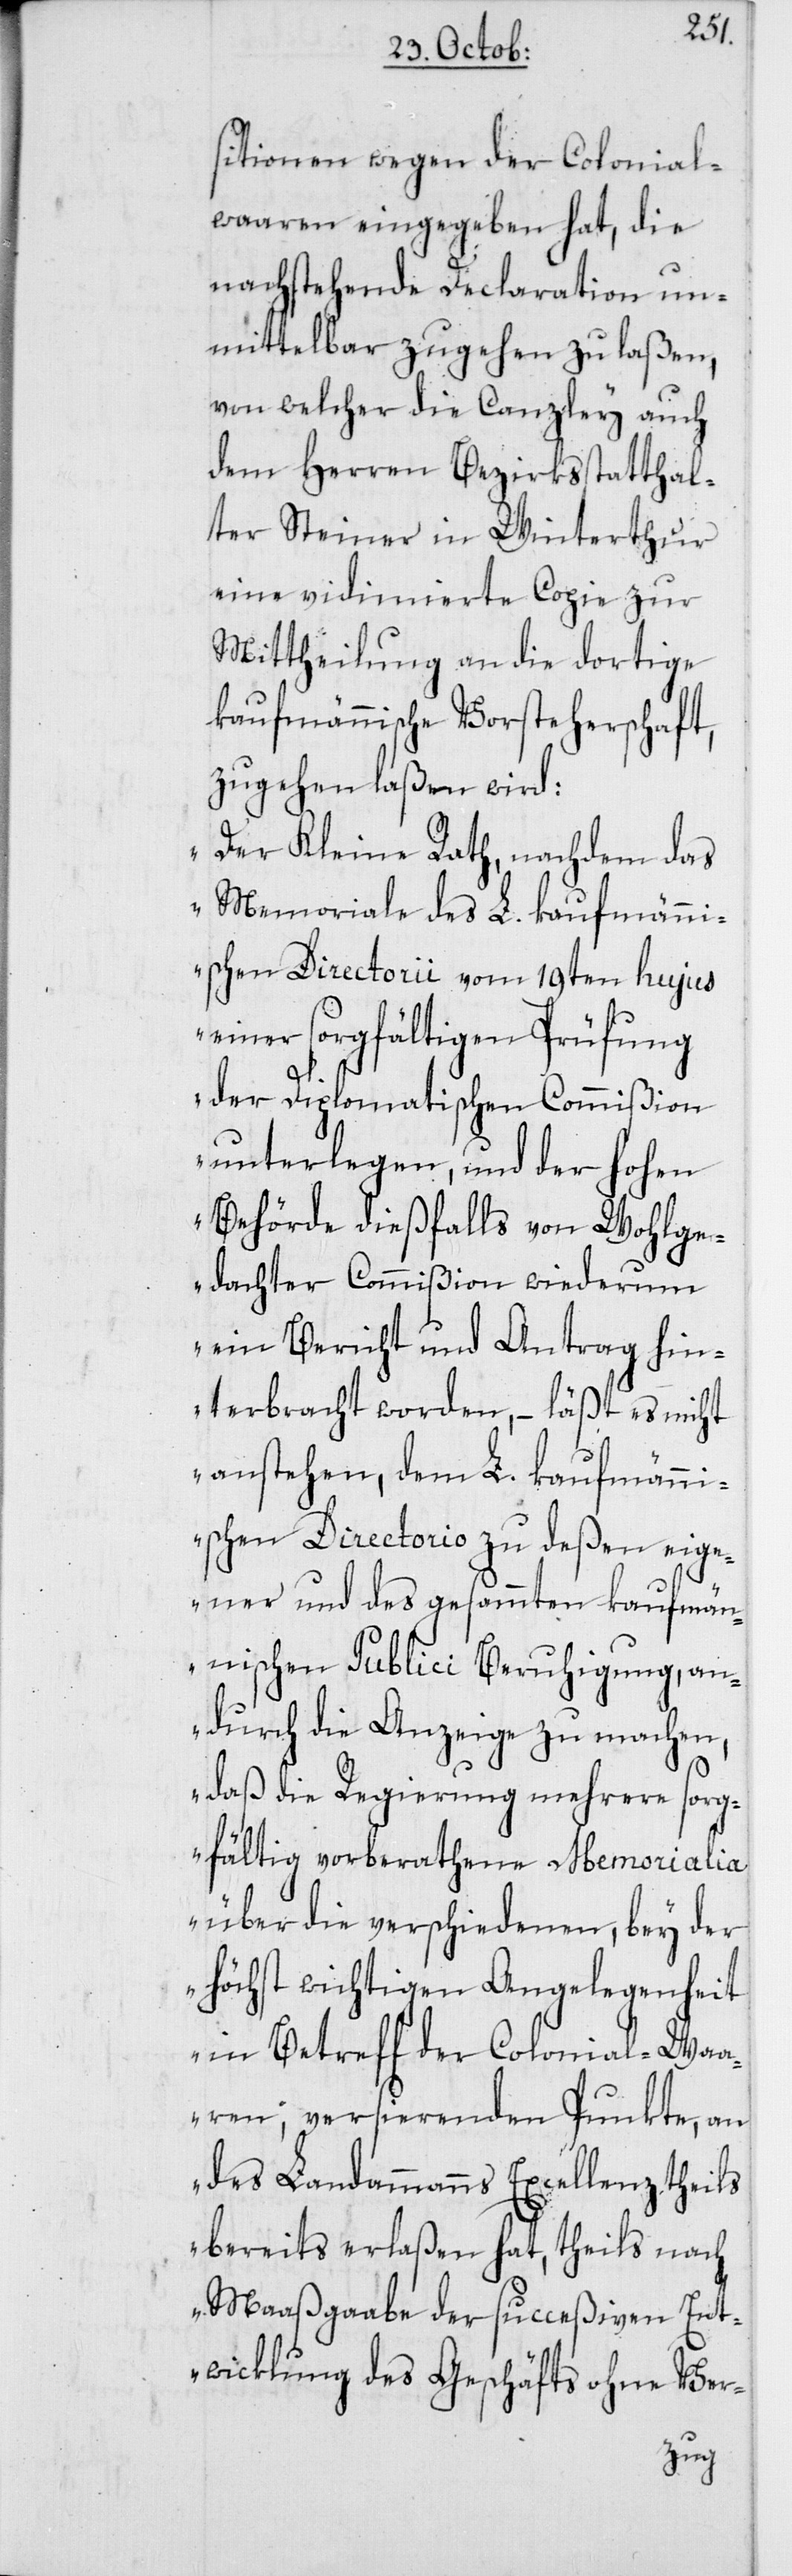
sitionen wegen der Colonial¬
waaren eingegeben hat, die
nachstehende Declarationen un¬
mittelbar zugehen zu laßen,
von welcher die Canzley auch
dem Herren Bezirksstatthal¬
ter Steiner in Winterthur
eine vidimierte Copie zur
Mittheilung an die dortige
kaufmännische Vorsteherschaft,
zugehen laßen wird:
„Der Kleine Rath, nachdem das
Memoriale des L. kaufmänn¬
ischen Directorii vom 19ten hujus
einer sorgfältigen Prüfung
der Diplomatischen Commißion
unterlegen, und der hohen
Behörde dießfalls von Wohlge¬
dachter Commißion wiederum
ein Bericht und Antrag hin¬
terbracht worden, – läßt es nicht
anstehen, dem L. kaufmänn¬
ischen Directorio zu deßen eige¬
ner und des gesammten kaufmän¬
nischen Publici Beruhigung, an¬
durch die Anzeige zu machen,
daß die Regierung mehrere sorg¬
fältig vorberathene Memorialia
über die verschiedenen, bey der
höchst wichtigen Angelegenheit
in Betreff der Colonial-Waa¬
ren, versierenden Punkte, an
des Landammanns Excellenz theils
bereits erlaßen hat, theils nach
Maaßgabe der succeßiven Ent¬
wicklung des Geschäfts ohne Ver-